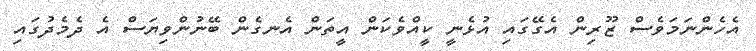
އެހެންނަމަވެސް ޒޫރިން އެގޭގައި އުޅެނީ ކީއްވެކަން އީތަން އެނގެން ބޭނުންވިޔަސް އެ ދެމެދުގައި